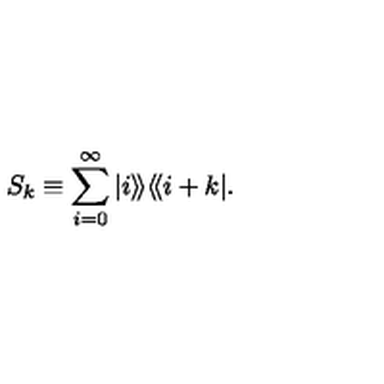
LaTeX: S _ { k } \equiv \sum _ { i = 0 } ^ { \infty } | i \rangle \! \rangle \langle \! \langle i + k | .